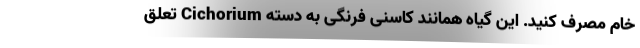
خام مصرف کنید. این گیاه همانند کاسنی فرنگی به دسته Cichorium تعلق